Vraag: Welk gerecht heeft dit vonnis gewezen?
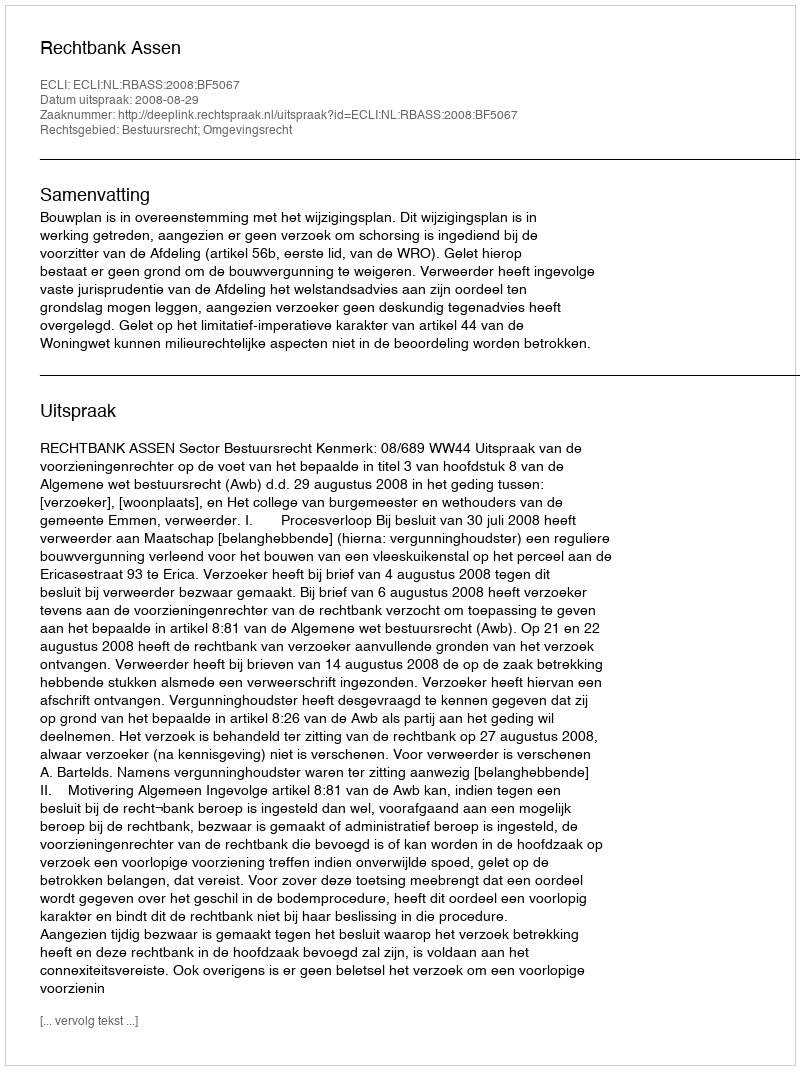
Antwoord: Rechtbank Assen